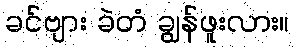
ခင်ဗျား ခဲတံ ချွန်ဖူးလား။